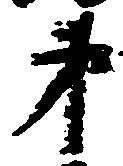
弟